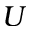
U